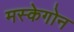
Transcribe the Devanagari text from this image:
मस्केगोन